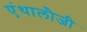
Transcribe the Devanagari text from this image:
एंथालौजी